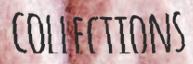
COLLECTIONS